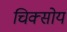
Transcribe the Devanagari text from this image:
चिक्सोय